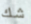
شك